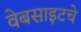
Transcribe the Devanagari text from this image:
वेबसाइटचे